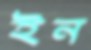
ইন